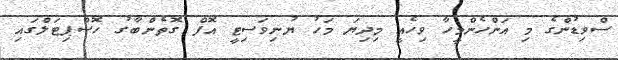
ސްވިޑުންގެ މި އަންހެންމީހާ ވިހެއީ މިދިޔަ މަހު ޔުނިވަސިޓީ އޮފް ގޮތެންބާގު ހޮސްޕިޓަލްގައި